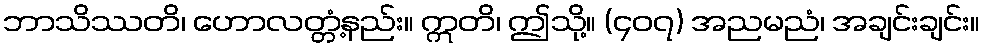
ဘာသိဿတိ၊ ဟောလတ္တံ့နည်း။ ဣတိ၊ ဤသို့။ (၄၀၇) အညမညံ၊ အချင်းချင်း။